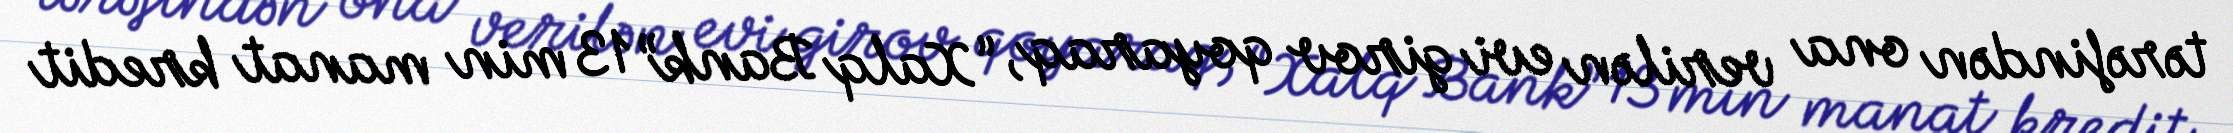
tərəfindən ona verilən evi girov qoyaraq, “Xalq Bank” 13 min manat kredit